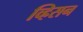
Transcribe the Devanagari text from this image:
व्ह्रिसन